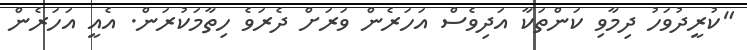
"ކުރީދުވަހު ދިމާވި ކަންތަކާ އަދިވެސް އަހަރެން ވަރަށް ދެރަވެ ހިތާމަކުރަން. އެއީ އަހަރެން